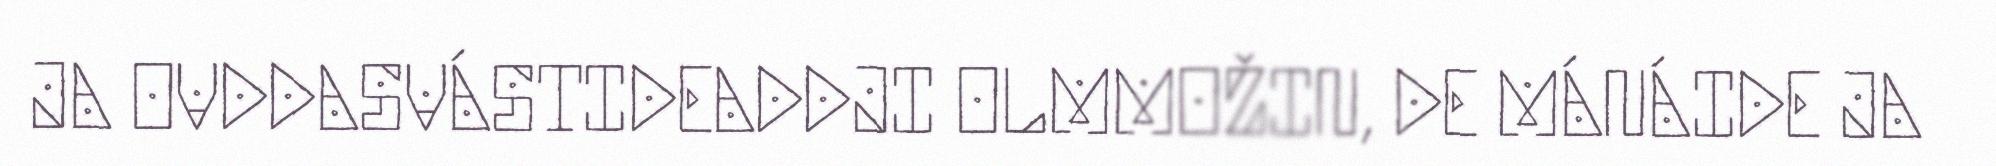
JA OVDDASVÁSTIDEADDJI OLMMOŽIN, DE MÁNÁIDE JA